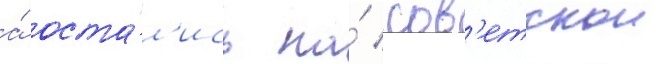
а́ оста́л'ись на́ сов'етскои